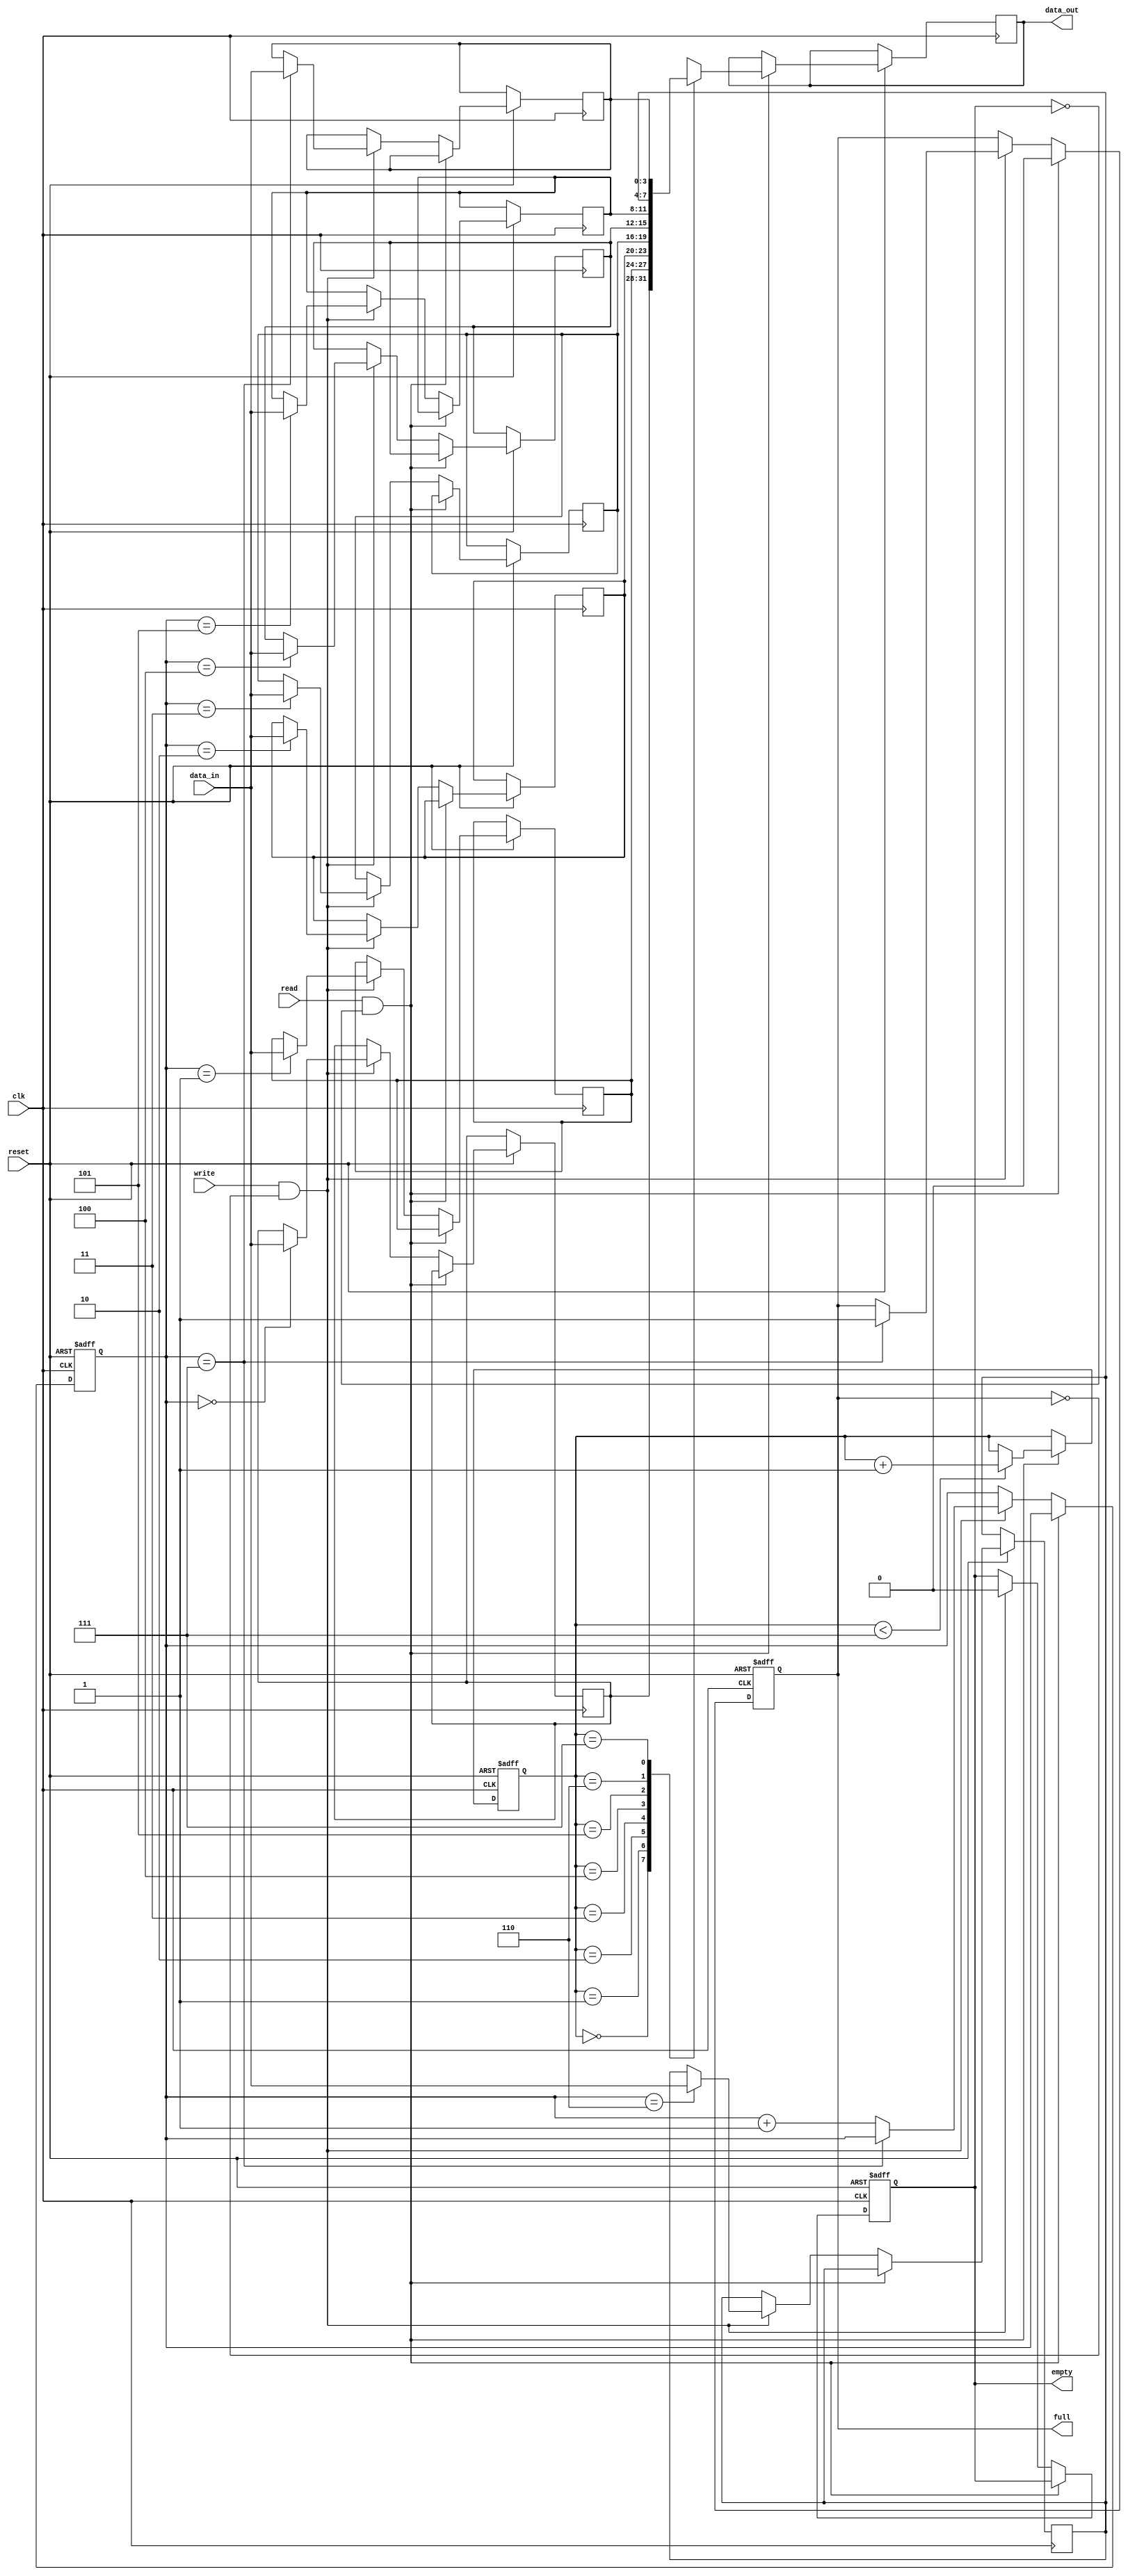
module fifo_sync #(
    parameter DEPTH = 8,
    parameter WIDTH = 4
)(
    input [3:0] data_in,
    input       reset,
                read,
                write,
                clk,
    output reg [3:0] data_out,
    output reg       empty,
                     full
);
    reg [2:0] rd_ptr,
              wr_ptr;
    reg [WIDTH-1:0] memory [DEPTH-1:0];

    always@(posedge clk or negedge reset) begin
        if(!reset) begin
            empty <= 1;
            full <= 0;
            rd_ptr <= 0;
            wr_ptr <= 0;
        end else begin
            if(read & !empty) begin
                data_out <= memory[rd_ptr];
                full <= 0;

                if(rd_ptr < DEPTH-1)
                    rd_ptr <= rd_ptr + 1;
            end else if (write & !full) begin
                memory[wr_ptr] <= data_in;
                empty <= 0;    
                
                if(wr_ptr == DEPTH-1)
                    full <= 1;
                else    
                    wr_ptr = wr_ptr + 1;
                
            end
        end
    end 
endmodule